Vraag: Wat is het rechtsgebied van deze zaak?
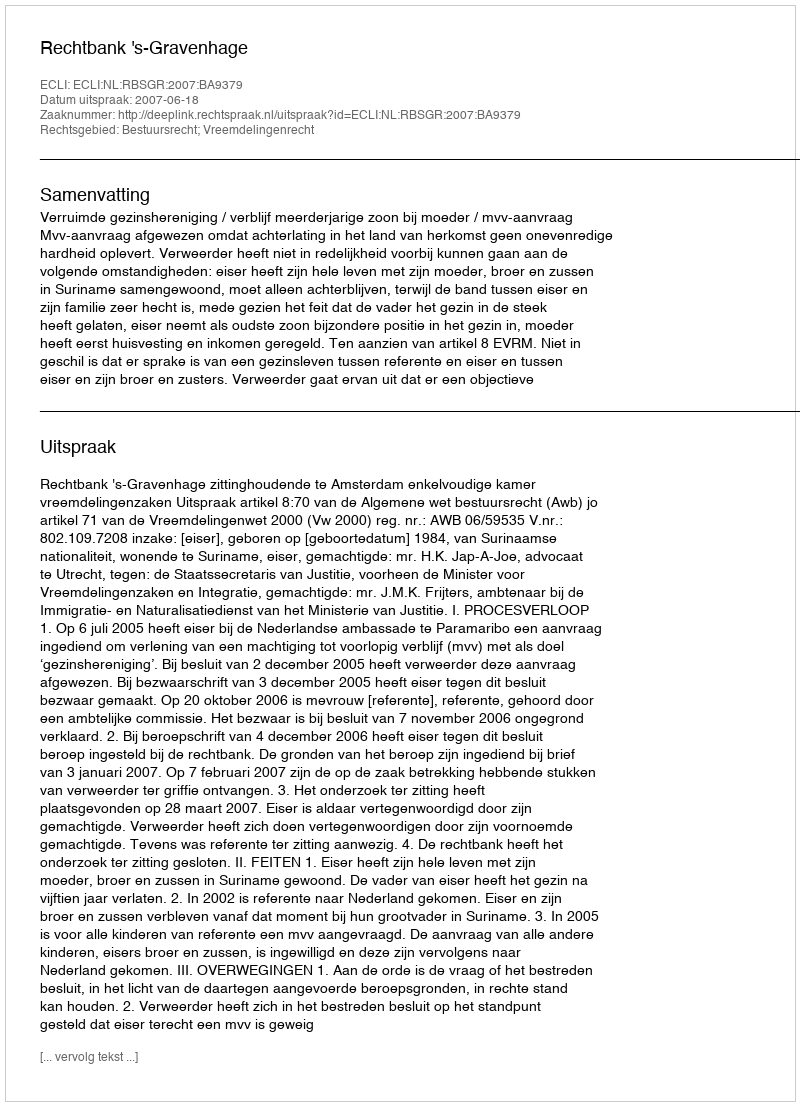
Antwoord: Bestuursrecht; Vreemdelingenrecht